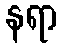
နရာ